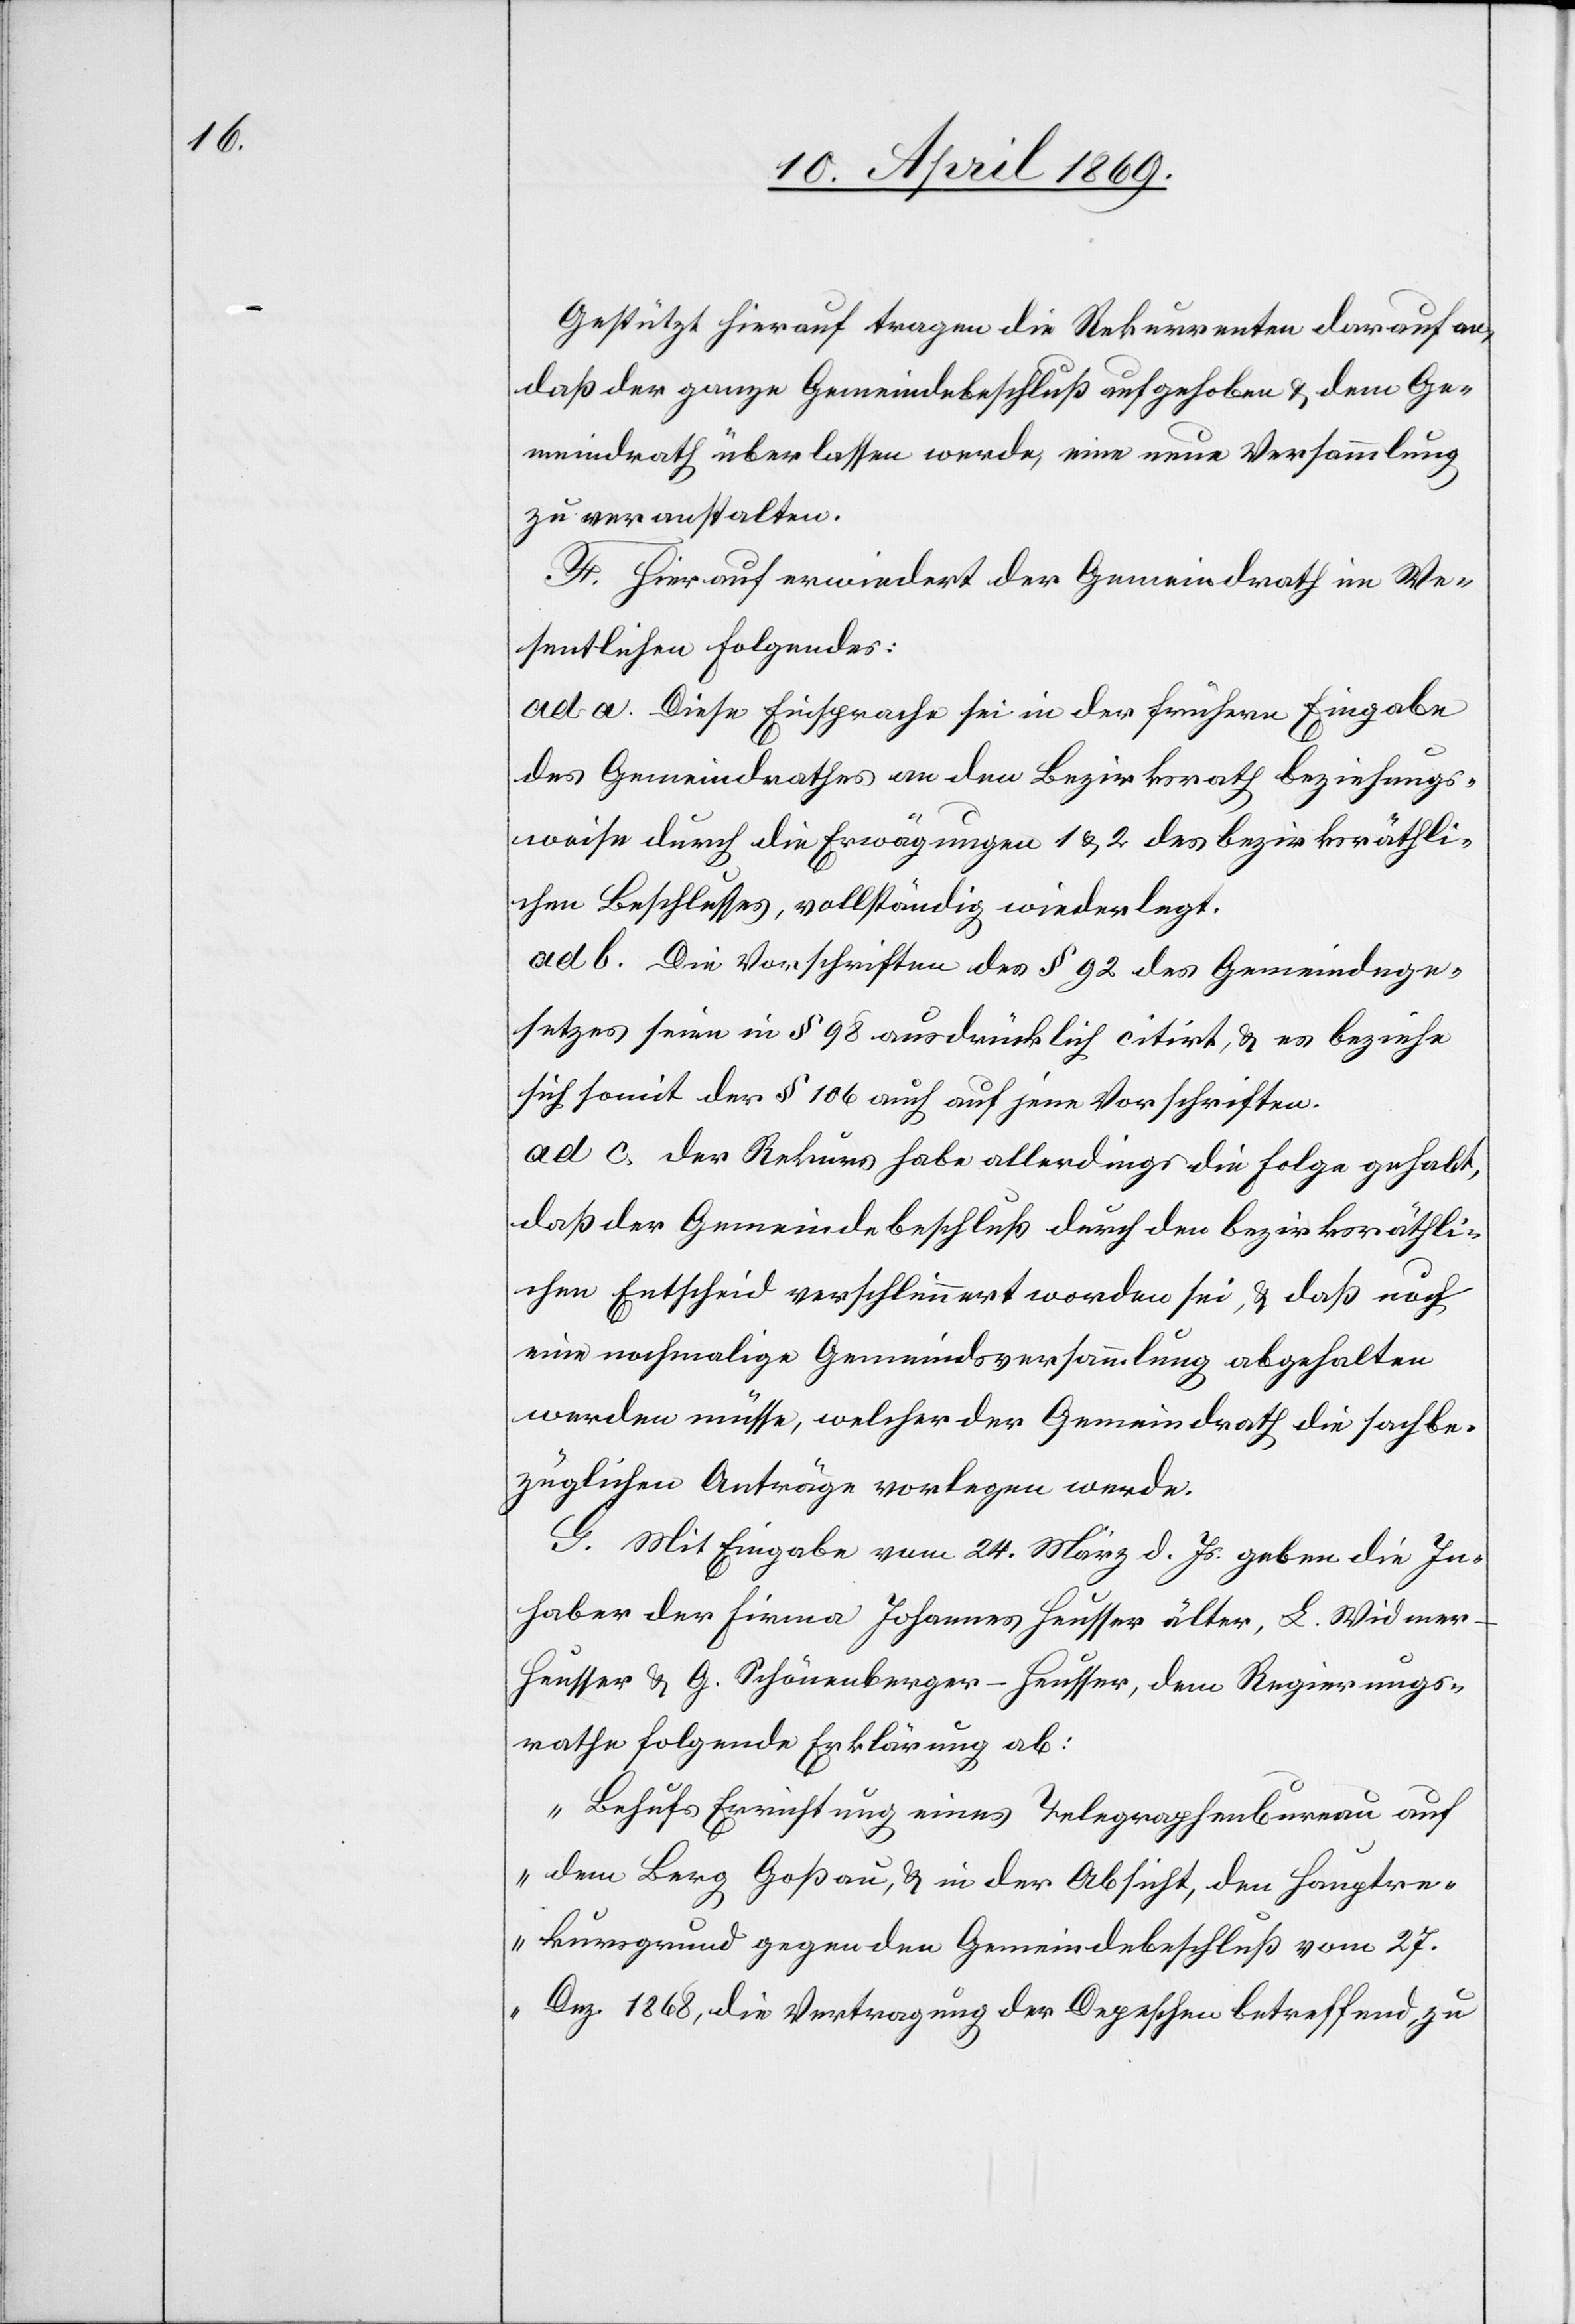
Gestützt hierauf tragen die Rekurrenten darauf an,
daß der ganze Gemeindebeschluß aufgehoben u. dem Ge¬
meindrath überlassen werde, eine neue Versammlung
zu veranstalten.
F. Hierauf erwiedert der Gemeindrath im We¬
sentlichen Folgendes:
ad a. Diese Einsprache sei in der frühern Eingabe
des Gemeindrathes an den Bezirksrath beziehungs¬
weise durch die Erwägungen 1 & 2 des bezirksräthli¬
chen Beschlusses, vollständig wiederlegt.
ad b. Die Vorschriften des § 92 des Gemeindege¬
setzes seien in § 98 ausdrücklich citirt, u. es beziehe
sich soweit der § 106 auch auf jene Vorschriften.
ad c. Der Rekurs habe allerdings die Folge gehabt,
daß der Gemeindebeschluß durch den bezirksräthli¬
chen Entscheid verschlimmert worden sei, & daß noch
eine nochmalige Gemeindsversammlung abgehalten
werden müsse, welcher der Gemeindrath die sachbe¬
züglichen Anträge vorlegen werde.
G. Mit Eingabe vom 24. März d. Js. geben die In¬
haber der Firma Johannes Heusser älter, L. Widme¬
r-Heusser & G. Schönenberger-Heusser, dem Regierungs¬
rathe folgende Erklärung ab:
„Behufs Einrichtung eines Telegraphenbureau auf
dem Berg Goßau, & in der Absicht, den Hauptre¬
kursgrund gegen den Gemeindsbeschluß vom 27.
Dez. 1868, die Vertragung der Depeschen betreffend, zu